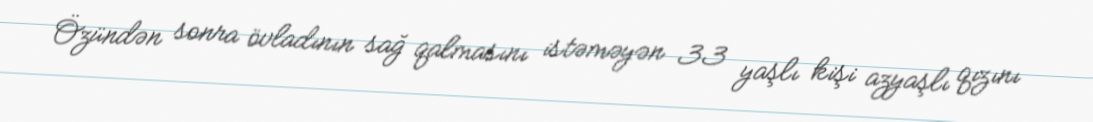
Özündən sonra övladının sağ qalmasını istəməyən 33 yaşlı kişi azyaşlı qızını